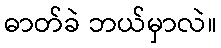
ဓာတ်ခဲ ဘယ်မှာလဲ။